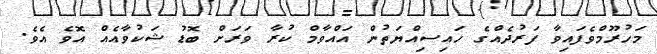
މަހުރޫމްވެފައިވާ ފަރުދެއްގެ ހައިސިއްޔަތުން އައްވާމް ކުރާ ވަރަށް ބޮޑު ޝަކުވާއެއް އޮވެ އެވެ.